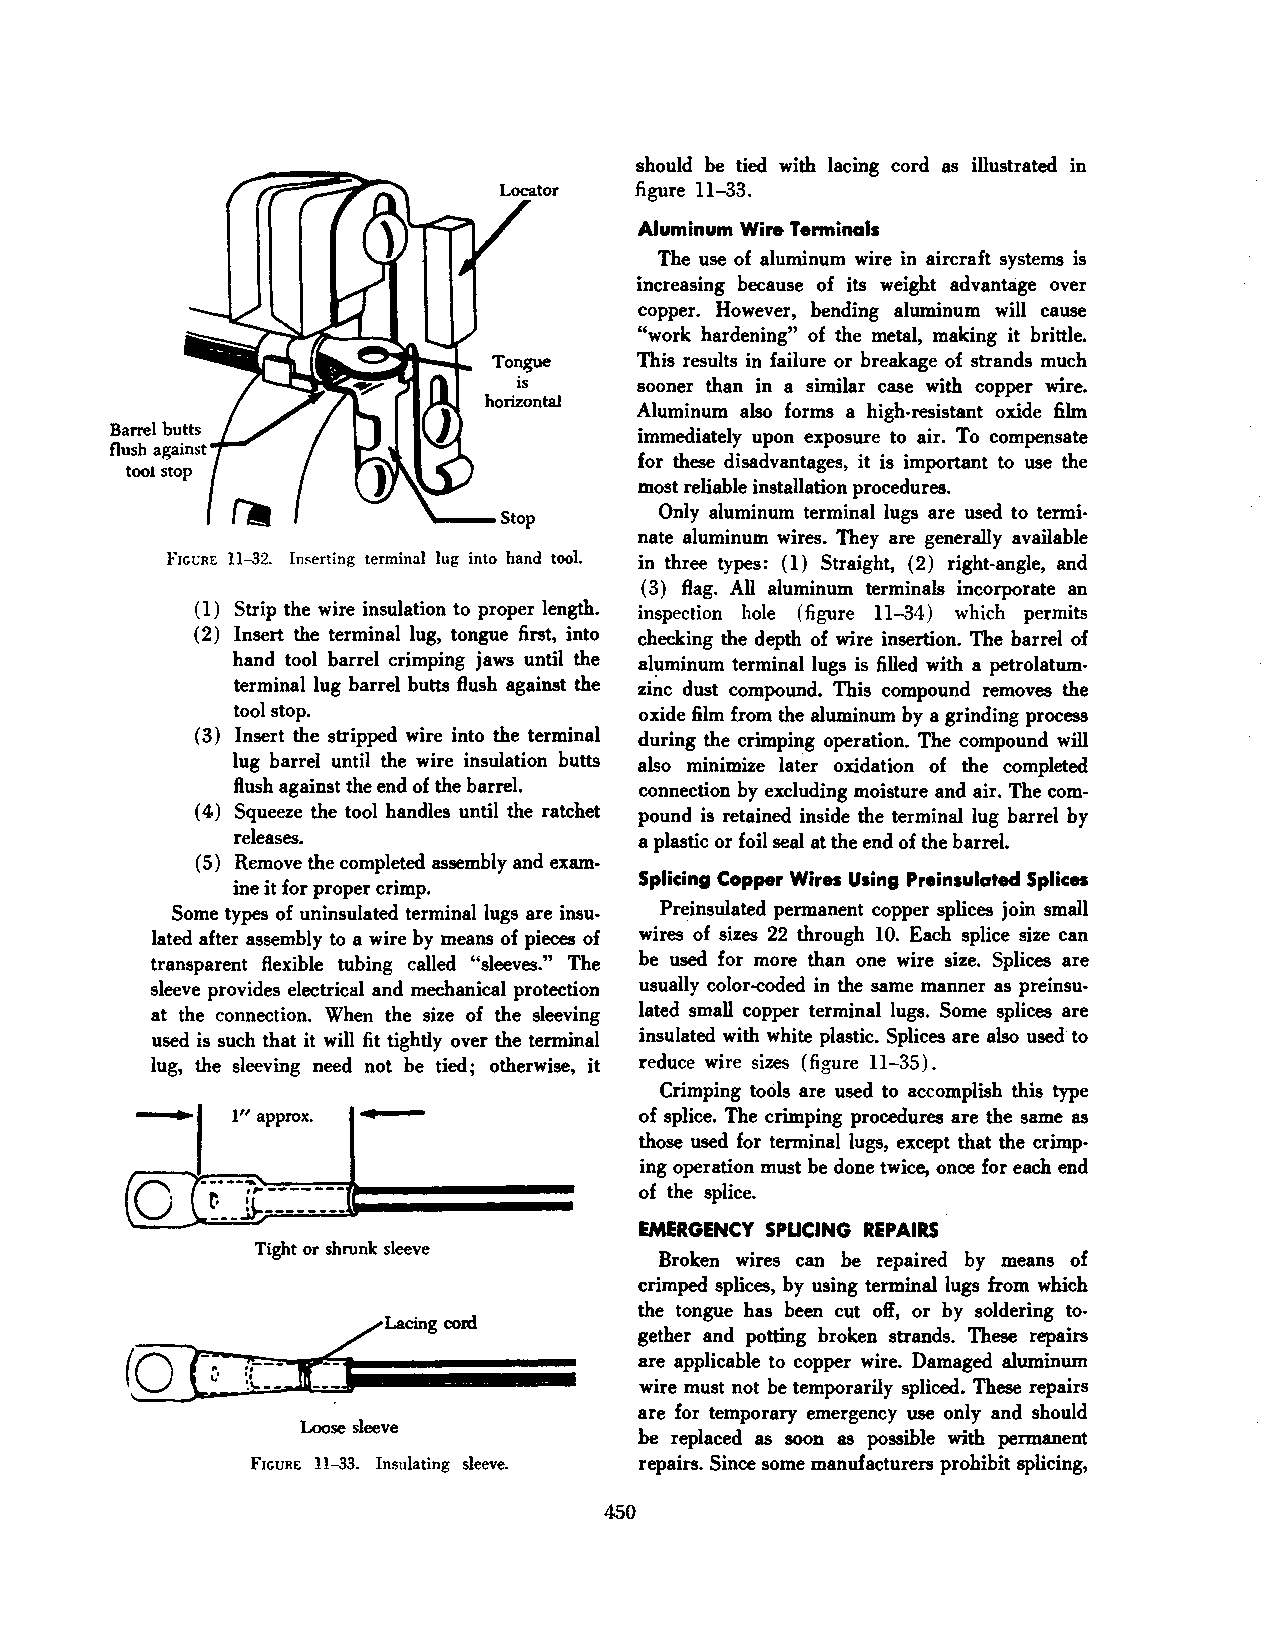
should he tied with lacing cord as illustrated in
 figure ll-33.
 Aluminum Wire Terminals
 The use of aluminum wire in aircraft systems is
 increasing because of its weight advantage over
 copper. However, bending aluminum will cause
 "work hardening" of the metal, making it brittle.
 This results in failure or breakage of strands much
 sooner than in a similar case with copper wire.
 Aluminum also forms a high-resistant oxide film
 immediately upon exposure to air. To compensate
 for these disadvantages, it is important to use the
 most reliable installation procedures.
 Only aluminum terminal lugs are used to termi
 nate aluminum wires. They are generally available
 FIGt:RE 11-32. Inserting terminal lug into hand tool. in three types: (I) Straight, ( 2) right-angle, and
 ( 3) flag. All aluminum terminals incorporate an
 (I) Strip the wire insulation to proper length. inspection hole (figure ll-34) which permits
 (2) Insert the terminal lug, tongue first, into checking the depth of wire insertion. The barrel of
 hand tool barrel crimping jaws until the al~minum terminal lugs is filled with a petrolatum
 terminal lug barrel butts flush against the zinc dust compound. This compound removes the
 tool stop.                 oxide film from the aluminum by a grinding process
 (3) Insert the stripped wire into the terminal during the crimping operation. The compound will
 lug barrel until the wire insulation butts also minimize later oxidation of the completed
 flush against the end of the barrel. connection by excluding moisture and air. The com
 ( 4) Squeeze the tool handles until the ratchet pound is retained inside the terminal lug barrel by
 releases.                  a plastic or foil seal at the end of the barrel.
 ( 5) Remove the completed assembly and exam
 Splicing Copper Wires Using Preinsulated Splices
 ine it for proper crimp.
 Some types of uninsulated terminal lugs are insu Preinsulated permanent copper splices join small
 lated after assembly to a wire by means of pieces of wires of sizes 22 through IO. Each splice size can
 transparent flexible tubing called "sleeves." The he used for more than one wire size. Splices are
 sleeve provides electrical and mechanical protection usually color-coded in the same manner as preinsu
 at the connection. When the size of the sleeving lated small copper terminal lugs. Some splices are
 used is such that it will fit tightly over the terminal insulated with white plastic. Splices are also used to
 lug, the sleeving need not he tied; otherwise, it reduce wire sizes (figure ll-35).
 Crimping tools are used to accomplish this type
 1" approx.                 of splice. The crimping procedures are the same as
 those used for terminal lugs, except that the crimp·
 --·--·                       ing operation must he done twice, once for each end
 j:::_-_-_::
 to                           of the splice.
 EMERGENCY SPUCING REPAIRS
 Tight or shrunk sleeve
 Broken wires can he repaired by means of
 crimped splices, by using terminal lugs from which
 the tongue has been cut off, or by soldering to
 gether and potting broken strands. These repairs
 are applicable to copper wire. Damaged aluminum
 wire must not he temporarily spliced. These repairs
 are for temporary emergency use only and should
 Loose sleeve
 he replaced as soon as possible with permanent
 FIGURE 11-33. Insulating sleeve. repairs. Since some manufacturers prohibit splicing,
 450